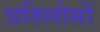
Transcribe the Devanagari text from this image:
प्रतिलोमों